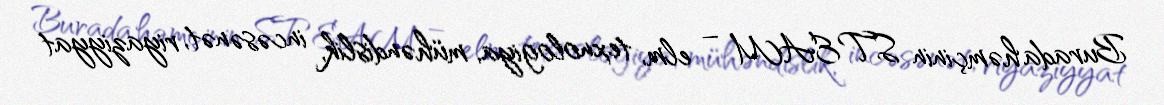
Burada həmçinin STEAM – elm, texnologiya, mühəndislik, incəsənət, riyaziyyat